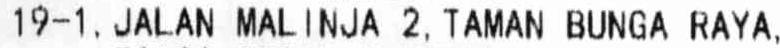
19-1, JALAN MALINJA 2, TAMAN BUNGA RAYA,